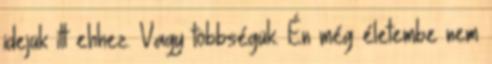
idejük itt ehhez. Vagy többségük. Én még életembe nem